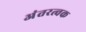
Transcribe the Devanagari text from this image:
अंतरत्वक